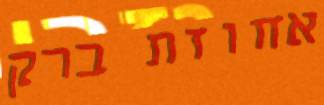
אחוזת ברק